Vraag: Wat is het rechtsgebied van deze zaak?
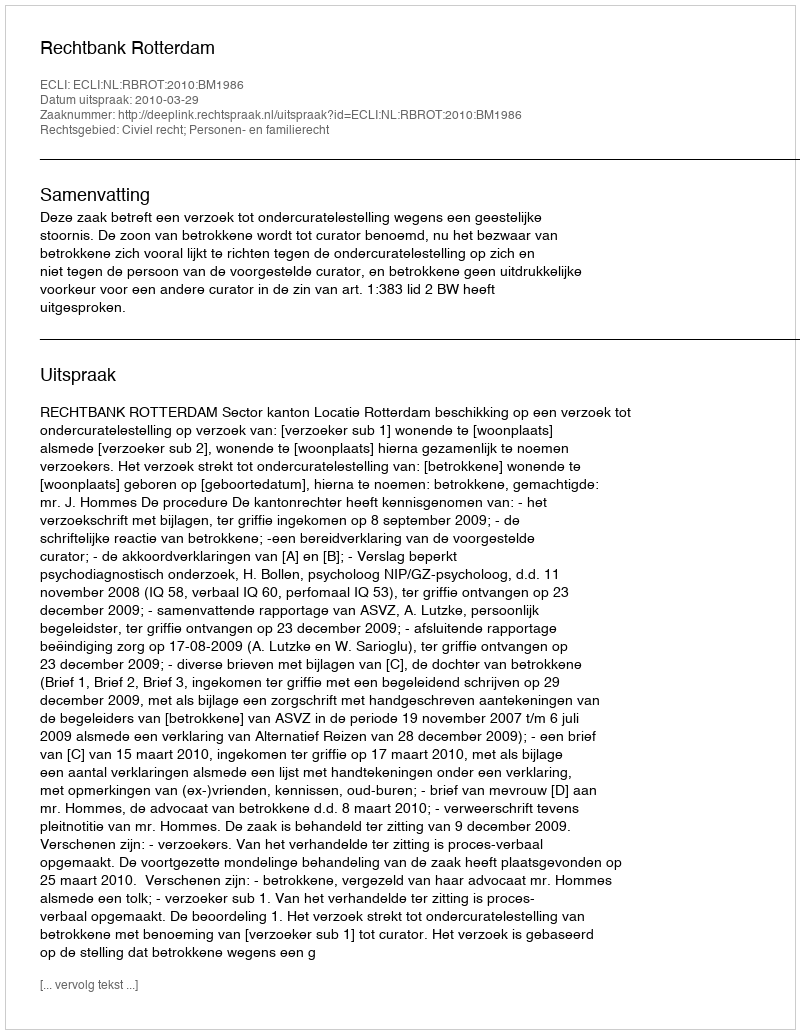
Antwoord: Civiel recht; Personen- en familierecht